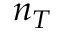
n _ { T }